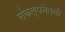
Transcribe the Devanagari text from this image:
संकल्पनेतली